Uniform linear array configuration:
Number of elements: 32
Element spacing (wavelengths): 0.25
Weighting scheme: binomial
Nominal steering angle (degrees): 15
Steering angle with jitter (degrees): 16.048
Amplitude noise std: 0.05
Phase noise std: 0.05

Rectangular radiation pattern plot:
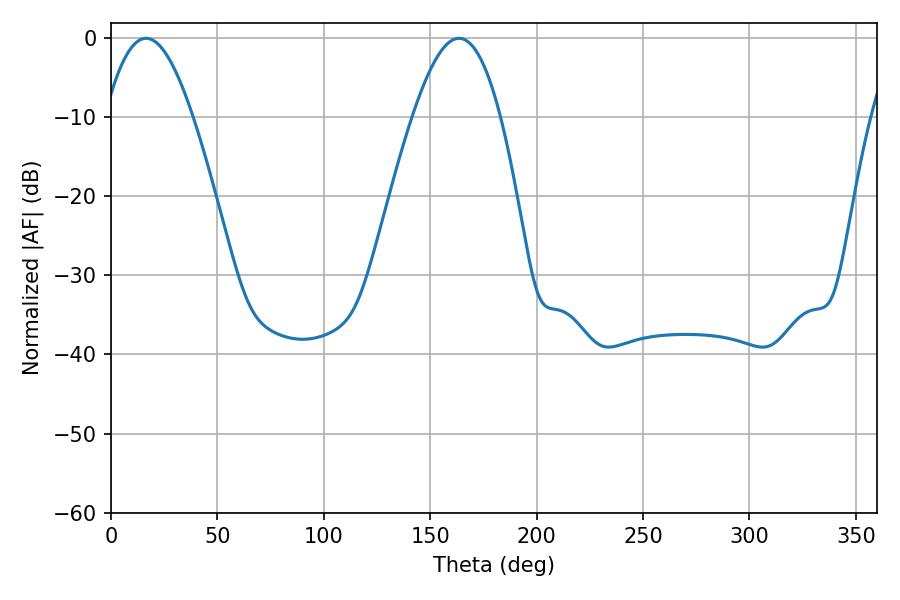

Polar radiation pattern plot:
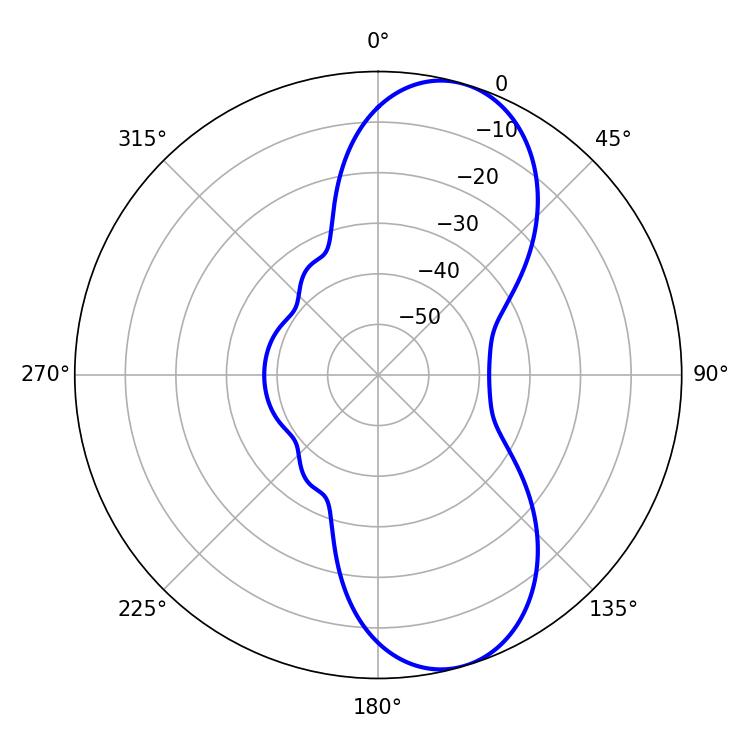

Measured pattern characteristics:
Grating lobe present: FALSE
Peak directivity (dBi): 9.065
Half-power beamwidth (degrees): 22.5
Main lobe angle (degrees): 16.56